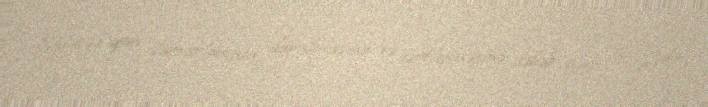
Siqaret qan damarlarının daralmasına və sərtləşməsinə səbəb olur ki, bu da